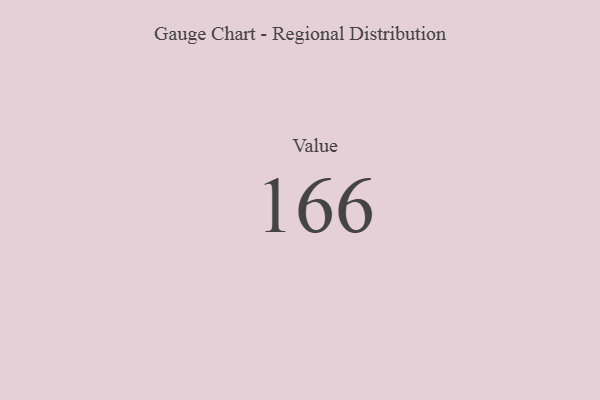
{"axis": {"x": "Metric", "y": "Value"}, "legend": [""], "data": [{"x": "Value", "y": 166, "type": ""}]}